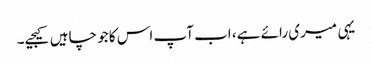
یہی میری رائے ہے، اب آپ اس کا جو چاہیں کیجیے۔